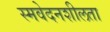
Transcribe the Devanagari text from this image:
स्मवेदनशीलता